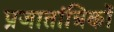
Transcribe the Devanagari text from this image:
प्रजातांत्रिकों